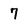
Character: 7